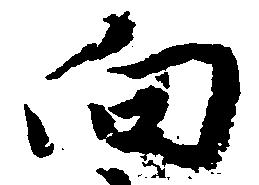
向